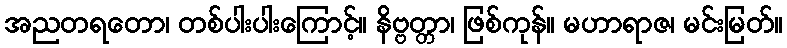
အညတရတော၊ တစ်ပါးပါးကြောင့်။ နိဗ္ဗတ္တာ၊ ဖြစ်ကုန်။ မဟာရာဇ၊ မင်းမြတ်။